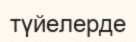
түйелерде